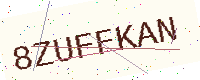
Text: 8ZUFFKAN